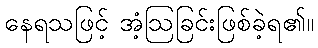
နေရသဖြင့် အံ့ဩခြင်းဖြစ်ခဲ့ရ၏။